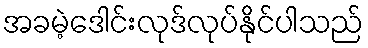
အခမဲ့ဒေါင်းလုဒ်လုပ်နိုင်ပါသည်